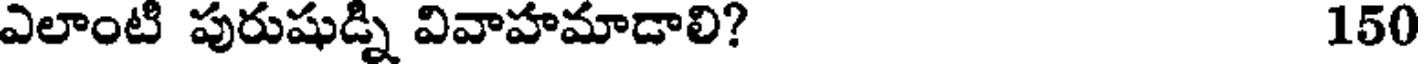
ఎలాంటి పురుషుడ్ని వివాహమాడాలి? 150